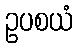
ဥပစယံ